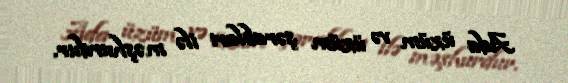
Ada üzüm və üzüm şərabları ilə məşhurdur.